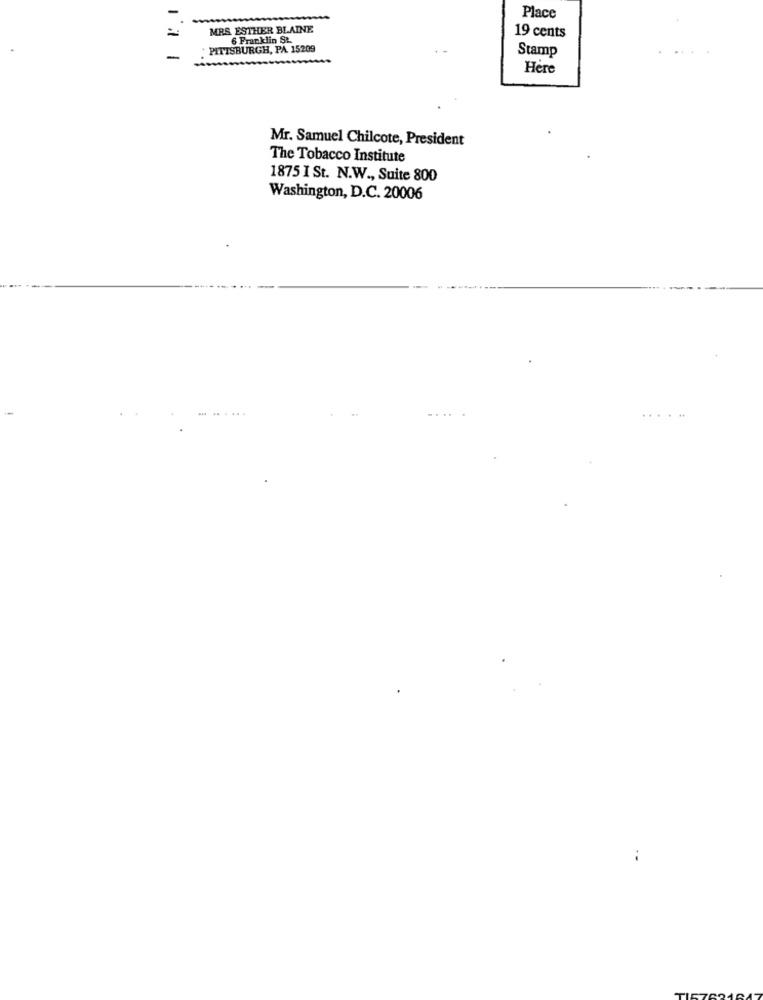
Place
=
MRS ESTHER BLAINE
19 cents
6 Franklin St.
PITTSBURGH, PA. 15209
Stamp
-
Here
Mr. Samuel Chilcote, President
The Tobacco Institute
1875 I St. N.W ., Suite 800
Washington, D.C. 20006